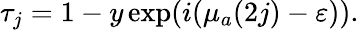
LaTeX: \tau_{j}=1-y\exp(i(\mu_{a}(2j)-\varepsilon)).